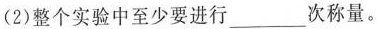
(2)整个实验中至少要进行___次称量。